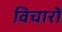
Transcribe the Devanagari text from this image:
विचारों